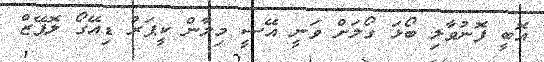
އޮބީ ފޮނުވާލި ބޯޅަ ގޯލަށް ވަނީ އޭސީ މިލާން ކީޕަރު ޑިއޭގޯ ލޮޕޭޒް